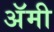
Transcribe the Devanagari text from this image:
अॅमी